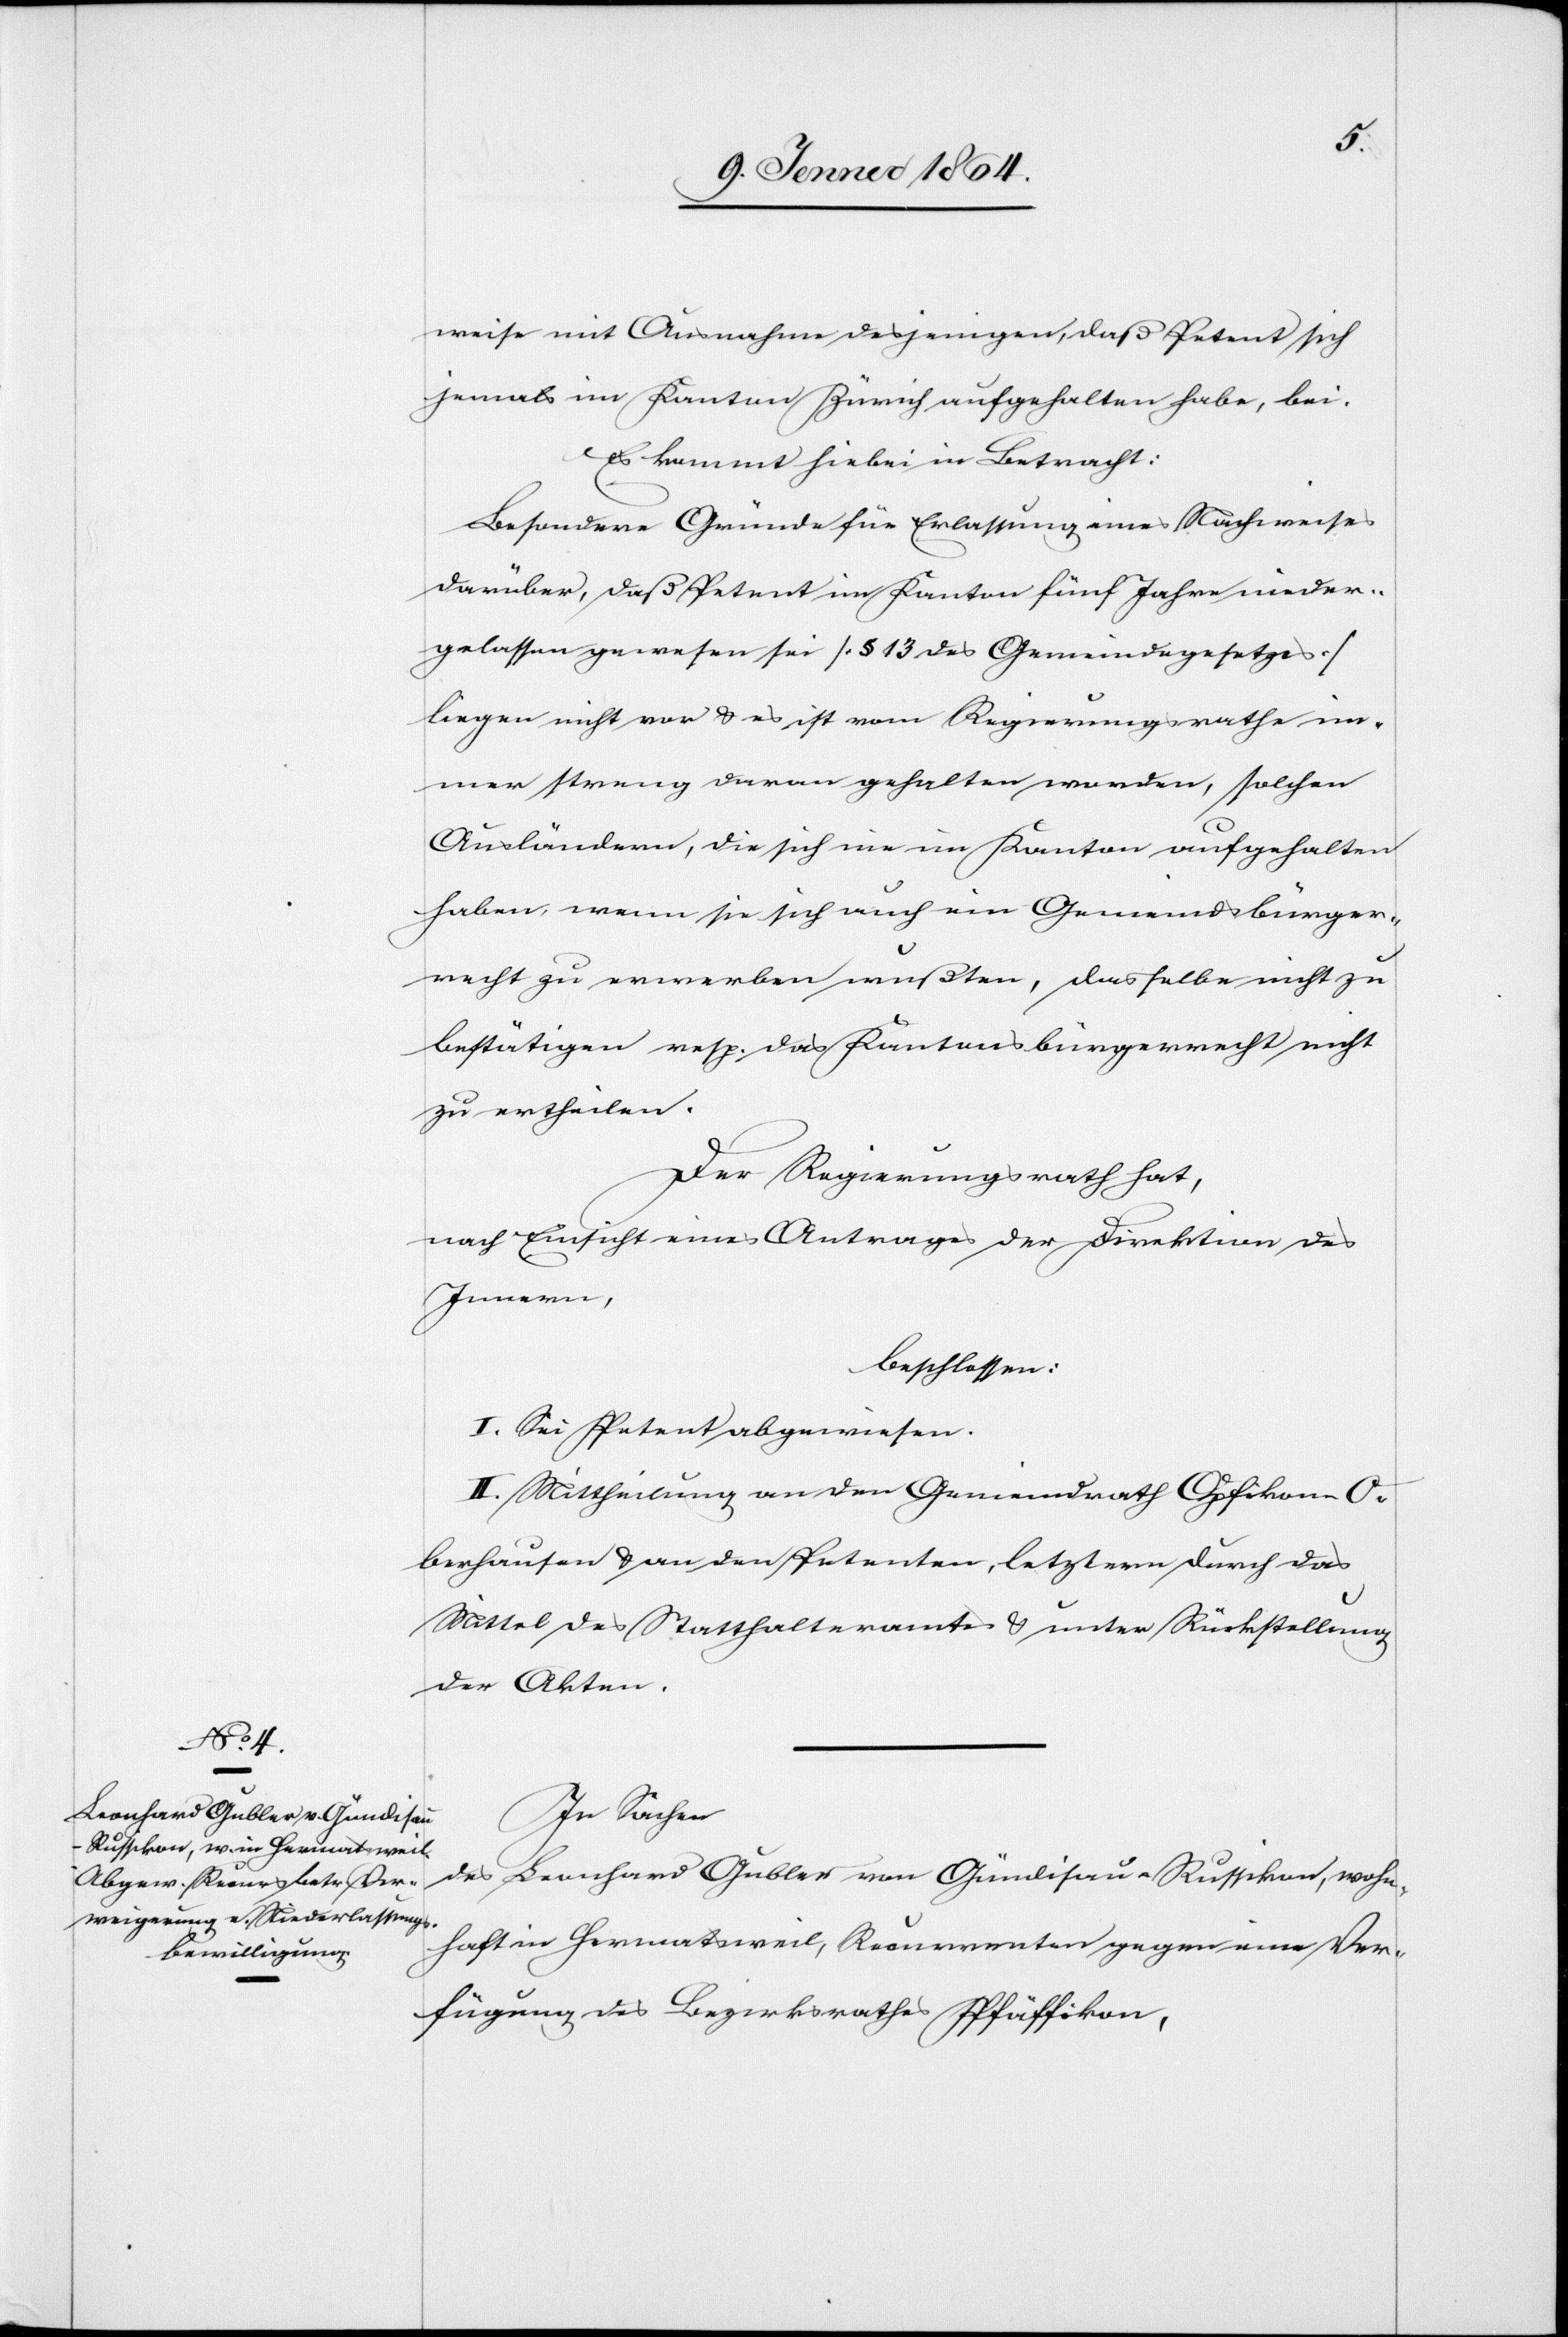
weise mit Ausnahme desjenigen, daß Petent sich
jemals im Kanton Zürich aufgehalten habe, bei.
Es kommt hiebei in Betracht:
Besondere Gründe für Erlassung eines Nachweises
darüber, daß Petent im Kanton fünf Jahre nieder¬
gelassen gewesen sei [§ 13 des Gemeindegesetzes]
liegen nicht vor u. es ist vom Regierungsrathe im¬
mer streng daran gehalten worden, solchen
Ausländern, die sich nie im Kanton aufgehalten
haben, wenn sie sich auch ein Gemeindsbürger¬
recht zu erwerben wußten, dasselbe nicht zu
bestätigen resp. das Kantonsbürgerrecht nicht
zu ertheilen.
Der Regierungsrath hat,
nach Einsicht eines Antrages der Direktion des
Innern,
beschlossen:
I. Sei Petent abgewiesen.
II. Mittheilung an den Gemeinderath Opfikon-O¬
berhausen u. an den Petenten, letzterm durch das
Mittel des Statthalteramtes u. unter Rückstellung
der Akten.
In Sachen
des Leonhard Gubler von Gündisau-Russikon, wohn¬
haft in Hermatsweil, Recurrenten gegen eine Ver¬
fügung des Regierungsrathes Pfäffikon,